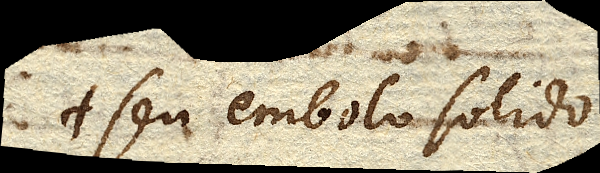
seu embolo solido